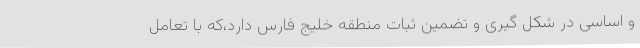
و اساسی در شکل گیری و تضمين ثبات منطقه خلیج فارس دارد،که با تعامل